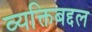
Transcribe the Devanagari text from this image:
व्यक्तिबद्दल